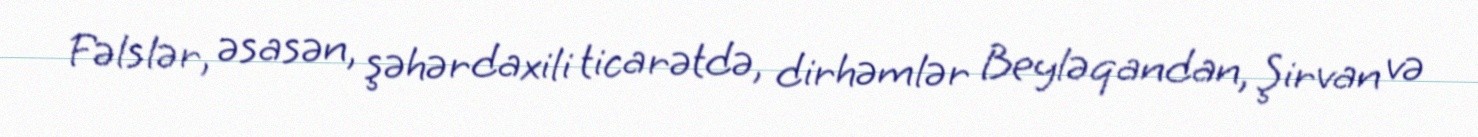
Fəlslər, əsasən, şəhərdaxili ticarətdə, dirhəmlər Beyləqandan, Şirvan və